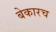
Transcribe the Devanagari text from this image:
बेकारच